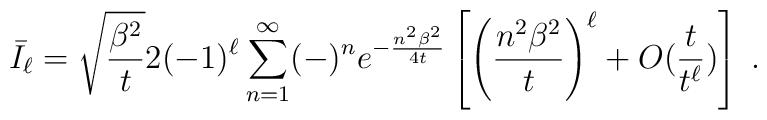
\bar I_\ell = \sqrt{\frac{\beta^2}{t}}2(-1)^\ell\sum_{n=1}^\infty(-)^ne^{-\frac{n^2\beta^2}{4t}}\left[\left(\frac{n^2\beta^2}{t}\right)^\ell + O(\frac{t}{t^\ell}) \right]\;.